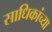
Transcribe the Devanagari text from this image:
साधिकांच्या